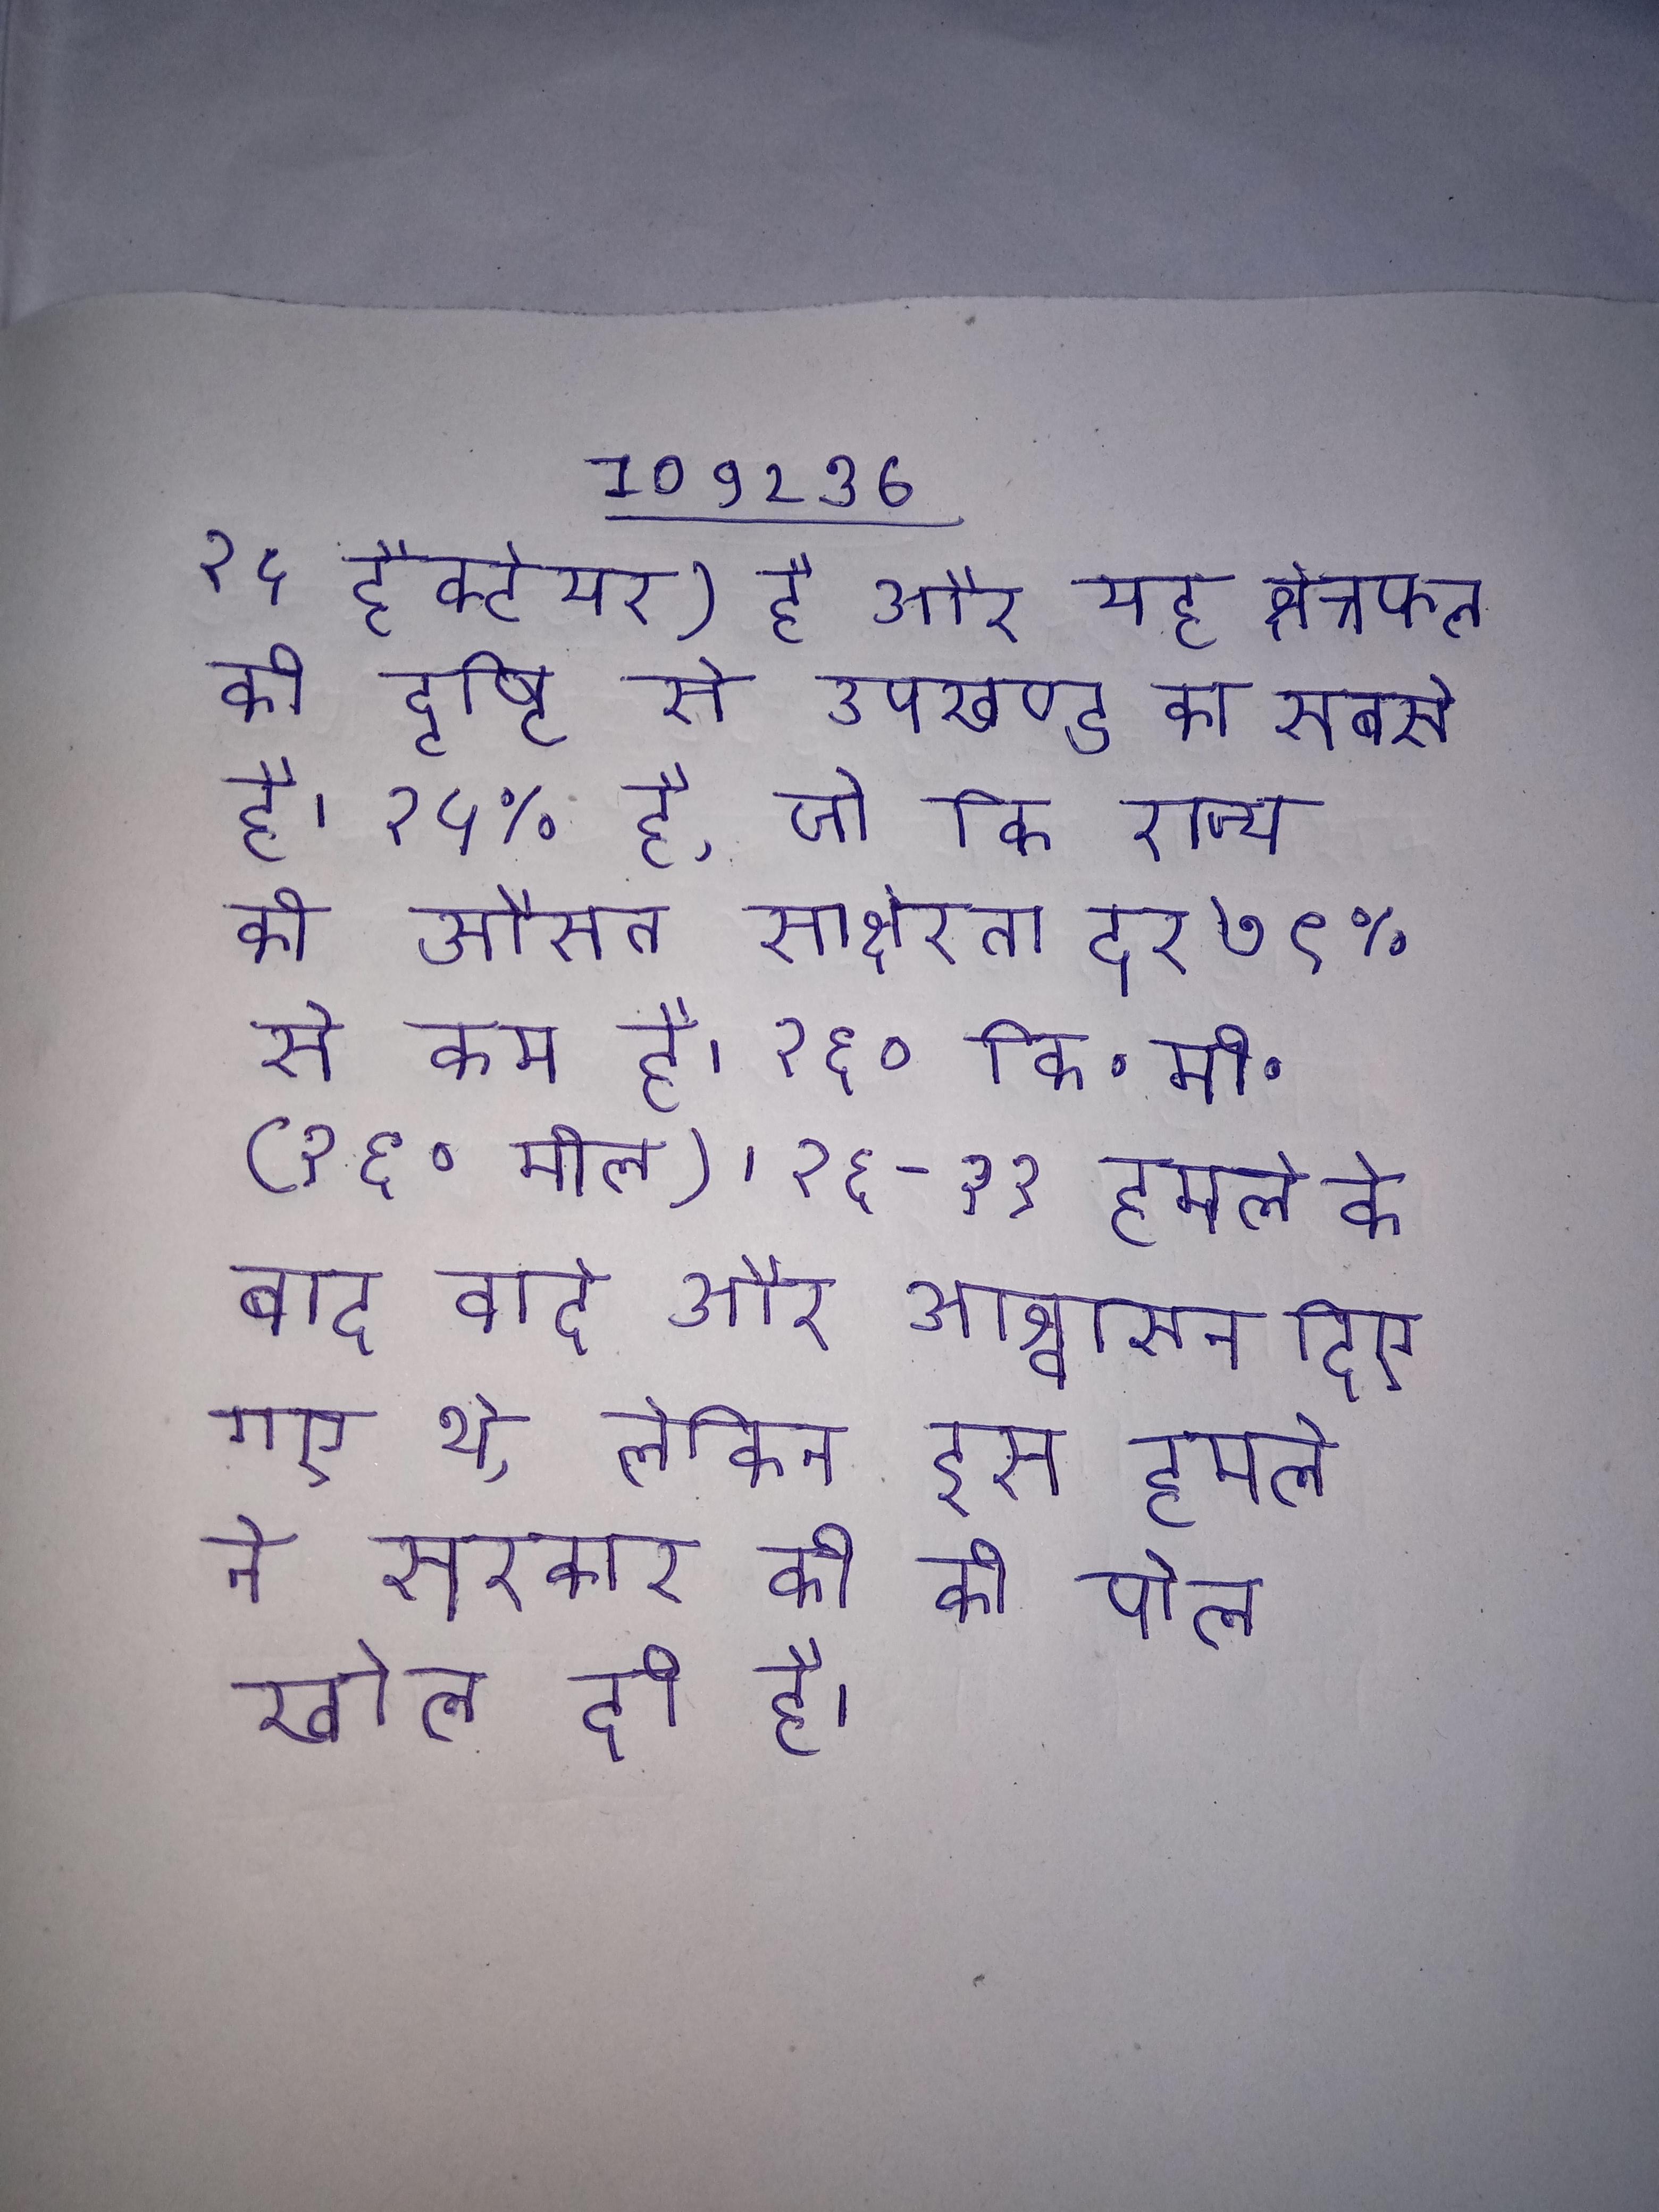
२५ हैक्टेयर) है और यह क्षेत्रफल की दृष्टि से उपखण्ड का सबसे है । २५% है, जो कि राज्य की औसत साक्षरता दर ७९% से कम है । २६० कि॰मी॰ (१६० मील) । २६-११ हमले के बाद वादे और आश्वासन दिए गए थे, लेकिन इस हमले ने सरकार की की पोल खोल दी है ।